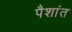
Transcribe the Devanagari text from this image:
पैशांत